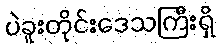
ပဲခူးတိုင်းဒေသကြီးရှိ